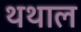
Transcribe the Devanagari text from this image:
थथाल